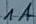
Text: 1A